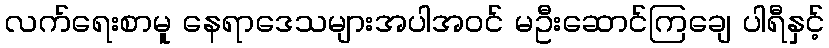
လက်ရေးစာမူ နေရာဒေသများအပါအဝင် မဦးဆောင်ကြချေ ပါရီနှင့်